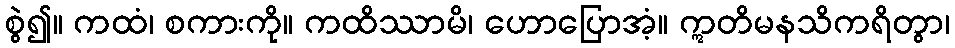
စွဲ၍။ ကထံ၊ စကားကို။ ကထိဿာမိ၊ ဟောပြောအံ့။ ဣတိမနသိကရိတွာ၊